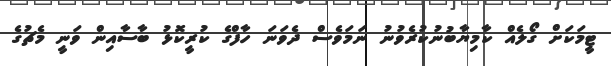
ޓީމަކަށް ގޯލެއް ކާމިޔާބުނުކުރެވުނު ނަމަވެސް ދެވަނަ ހާފްގެ ކުރީކޮޅު ބާސާއިން ވަނީ މެޗުގެ